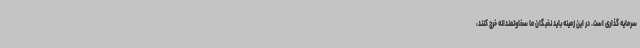
سرمایه ‌گذاری است. در این زمینه باید نخبگان ما سخاوتمندانه خرج کنند،